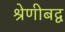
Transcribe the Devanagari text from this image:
श्रेणीबद्व